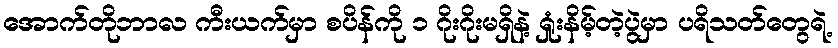
အောက်တိုဘာလ ကီးယက်မှာ စပိန်ကို ၁ ဂိုးဂိုးမရှိနဲ့ ရှုံးနိမ့်တဲ့ပွဲမှာ ပရိသတ်တွေရဲ့